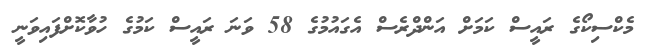
މެކްސިކޯގެ ރައީސް ކަމަށް އަންދްރެސް އެގައުމުގެ 58 ވަނަ ރައީސް ކަމުގެ ހުވާކޮށްފައިވަނީ